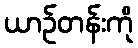
ယာဉ်တန်းကို